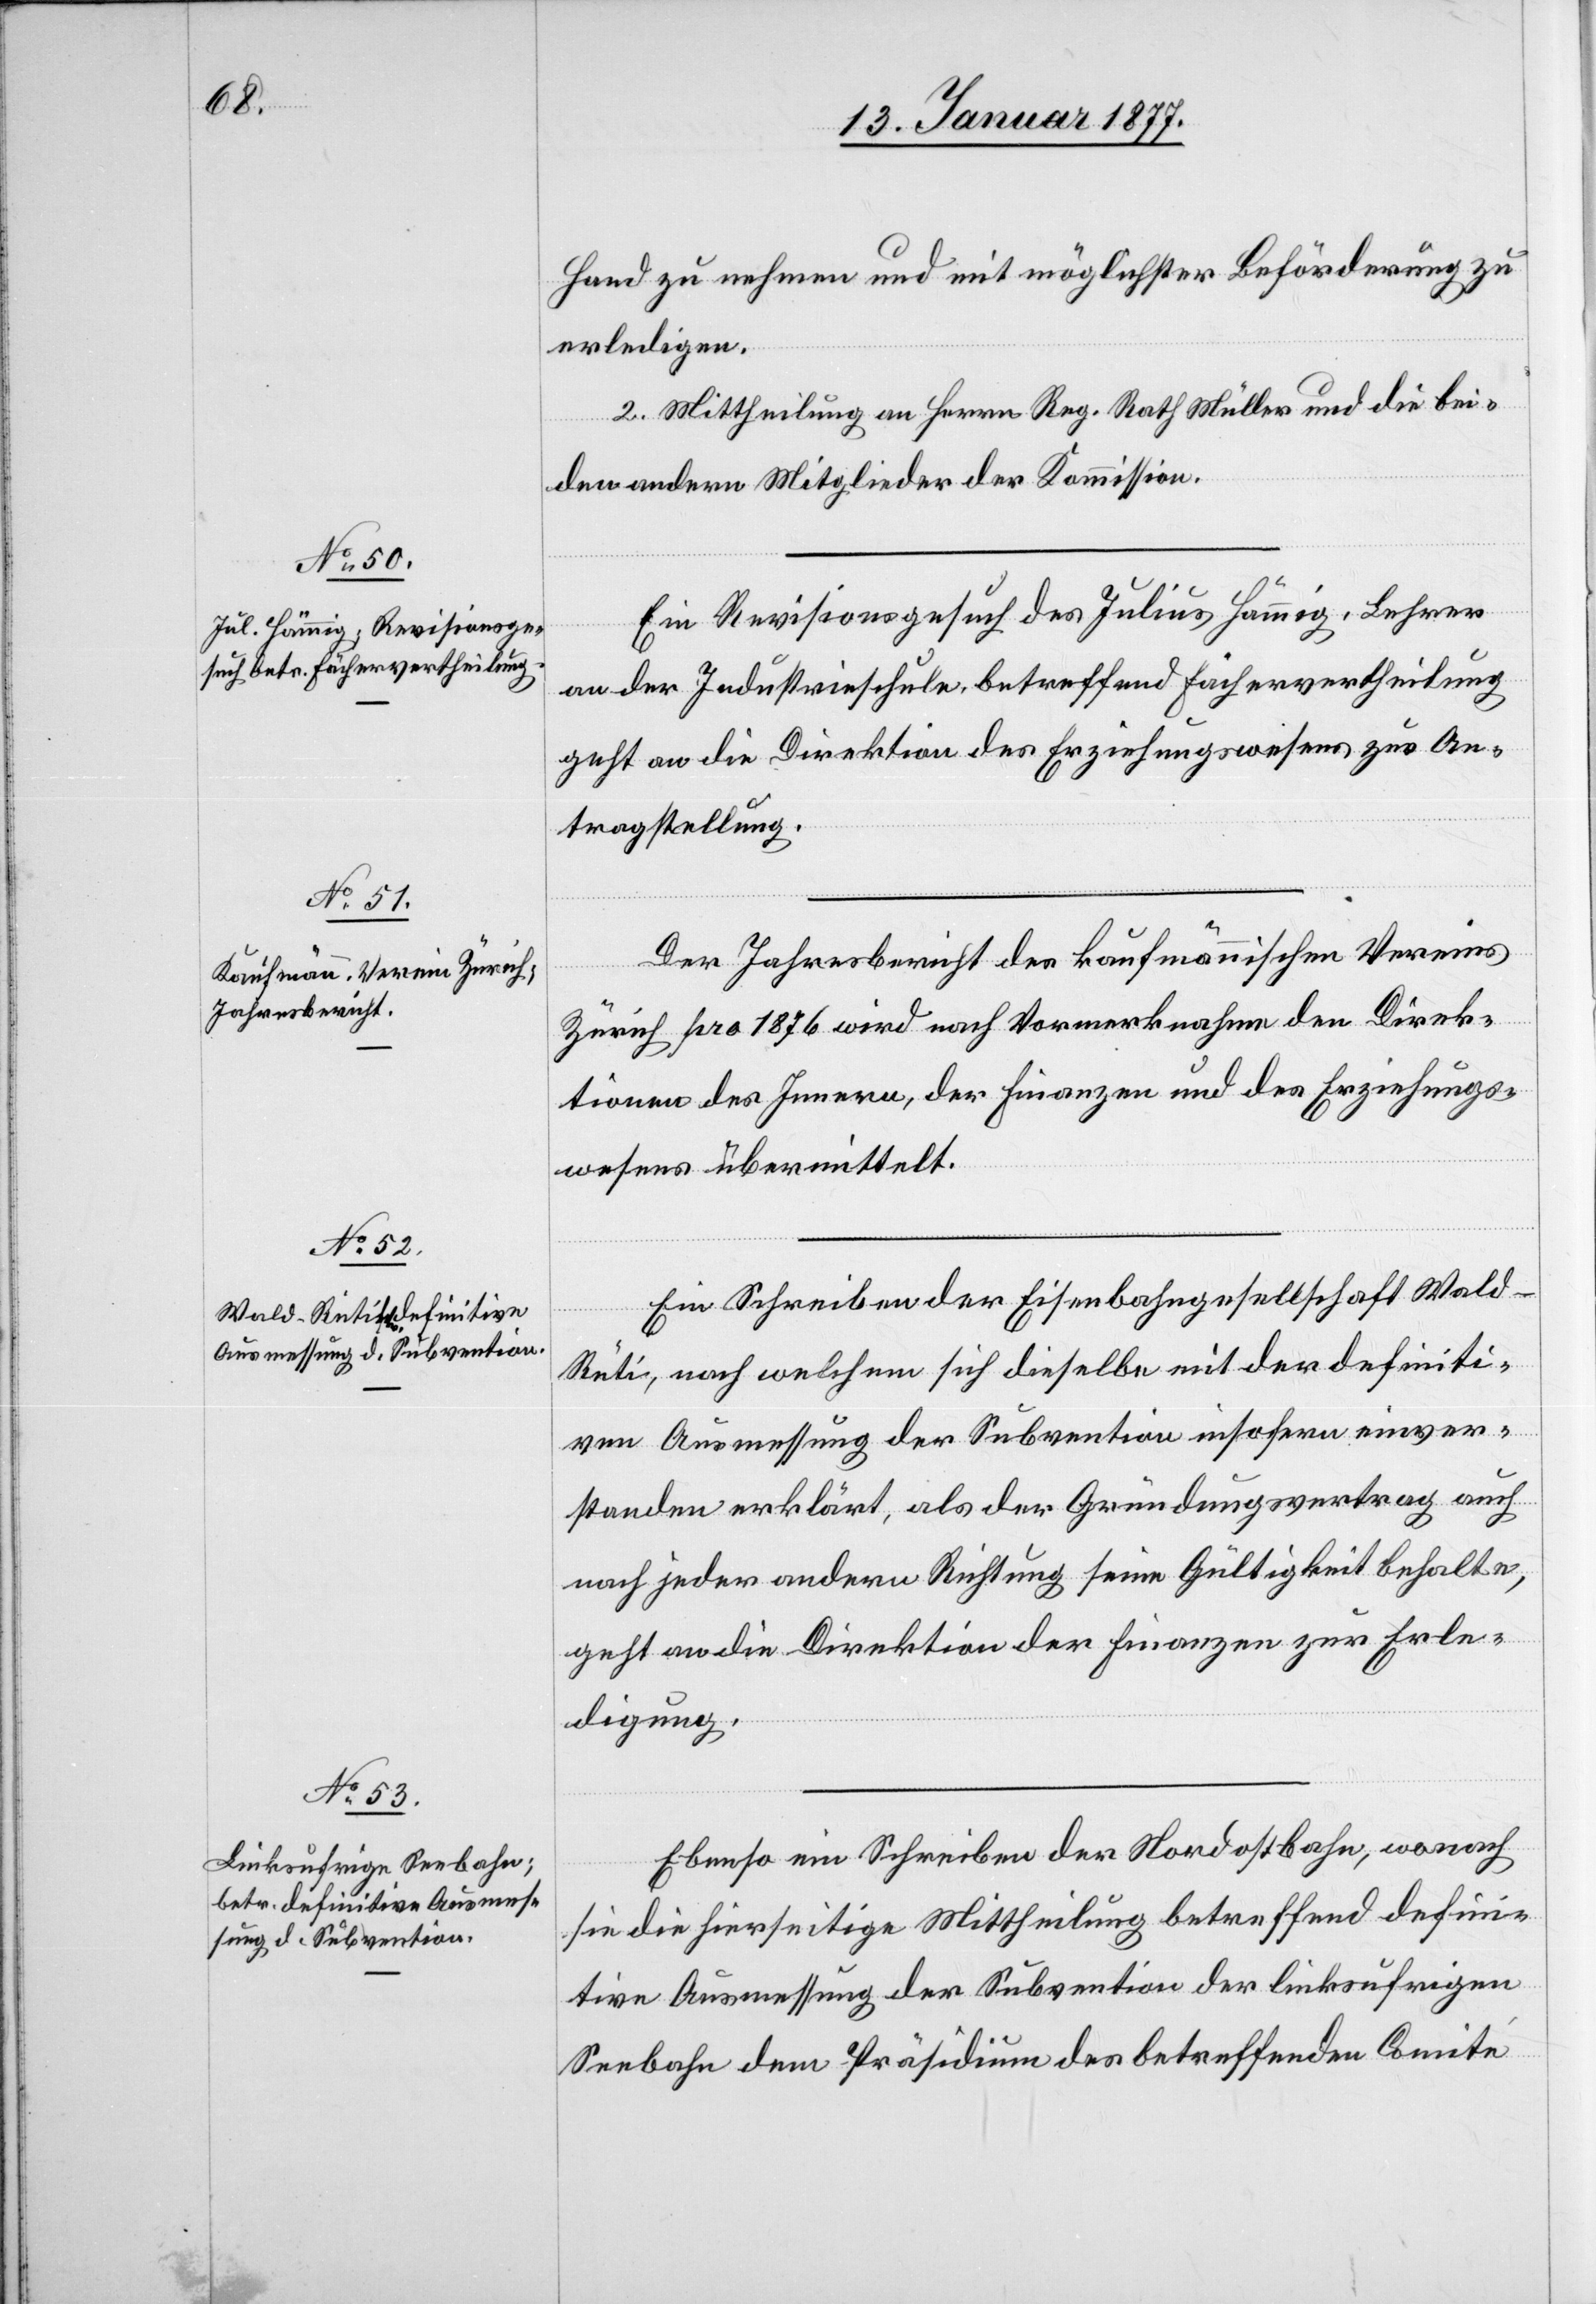
Hand zu nehmen und mit möglichster Beförderung zu
erledigen.
2. Mittheilung an Herrn Reg. Rath Müller und die bei¬
den andern Mitglieder der Kommission.
Ein Revisionsgesuch des Julius Hämmig, Lehrer
an der Industrieschule, betreffend Fächervertheilung
geht an die Direktion des Erziehungswesens zur An¬
tragstellung.
Der Jahresbericht des kaufmännischen Vereins
Zürich pro 1876 wird nach Vormerknahme den Direk¬
tionen des Innern, der Finanzen und des Erziehungs¬
wesens übermittelt.
Ein Schreiben der Eisenbahngesellschaft Wald–R¬
üti, nach welchem sich dieselbe mit der definiti¬
ven Ausmessung der Subvention insofern einver¬
standen erklärt, als der Gründungsvertrag auch
nach jeder andern Richtung seine Gültigkeit behalte,
geht an die Direktion der Finanzen zur Erle¬
digung.
Ebenso ein Schreiben der Nordostbahn, wonach
sie die hierseitige Mittheilung betreffend defini¬
tive Ausmessung der Subvention der linksufrigen
Seebahn dem Präsidium des betreffenden Comité